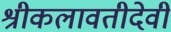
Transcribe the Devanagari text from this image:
श्रीकलावतीदेवी